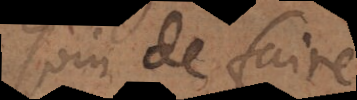
soin de faire